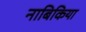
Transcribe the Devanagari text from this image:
नाबिकिया